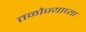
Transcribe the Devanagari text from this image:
तळोज्याच्या